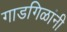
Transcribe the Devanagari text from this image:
गाडगिळांनी